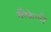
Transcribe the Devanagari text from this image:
सेरैकेल्लै